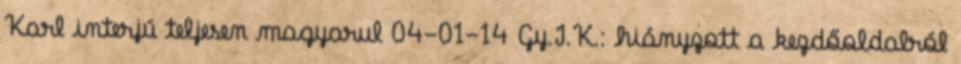
Karl interjú teljesen magyarul 04-01-14 Gy.I.K.: hiányzott a kezdőoldalról